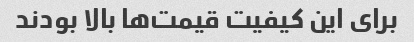
برای این کیفیت قیمت‌ها بالا بودند